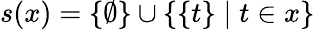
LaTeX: s(x)=\{ \emptyset\} \cup\{ \{ t\} \mid t\in x\}